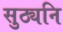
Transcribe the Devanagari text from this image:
सुठ्यनि